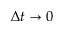
\Delta t \rightarrow 0